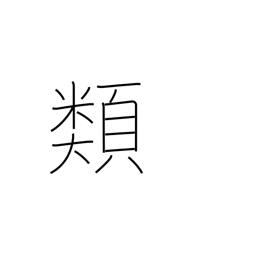
Meaning: genus